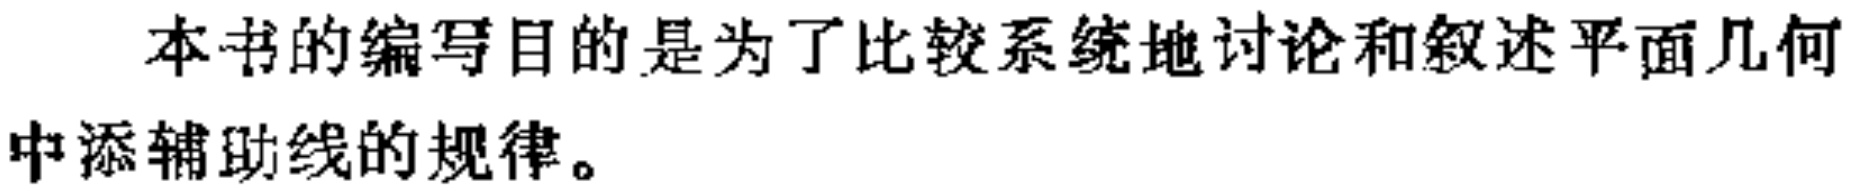
本书的编写目的是为了比较系统地讨论和叙述平面几何中添辅助线的规律。